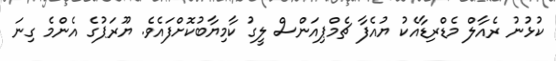
ކުޅުނު ރެއާލް މެޑްރިޑާއެކު ޔުއެފާ ޗެމްޕިއަންސް ލީގު ކާމިޔާބުކޮށްފައެވެ. ޔޫރަޕުގެ އެންމެ ގިނަ